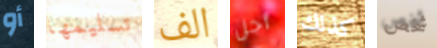
أو تسليمها الف أجل كذلك شخص